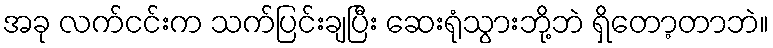
အခု လက်ငင်းက သက်ပြင်းချပြီး ဆေးရုံသွားဘို့ဘဲ ရှိတော့တာဘဲ။